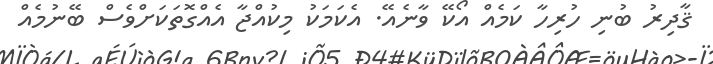
ޤާދިރު ބުނި ހުރިހާ ކަމެއް އޯކޭ ވާނެއޭ. އެކަމަކު މިކުއްޖާ އެއްގޮތަކަށްވެސް ބޭނުމެއް